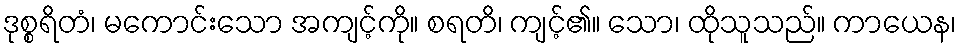
ဒုစ္စရိတံ၊ မကောင်းသော အကျင့်ကို။ စရတိ၊ ကျင့်၏။ သော၊ ထိုသူသည်။ ကာယေန၊